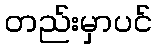
တည်းမှာပင်